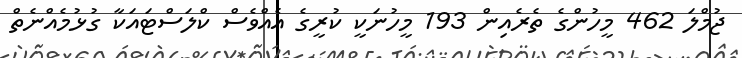
ޖުމްލަ 462 މީހުންގެ ތެރެއިން 193 މީހުނަކީ ކުރީގެ އެއްވެސް ކްލަސްޓައަކާ ގުޅުމެއްނެތް